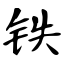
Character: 铁